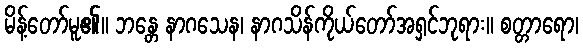
မိန့်တော်မူ၏။ ဘန္တေ နာဂသေန၊ နာဂသိန်ကိုယ်တော်အရှင်ဘုရား။ စတ္တာရော၊